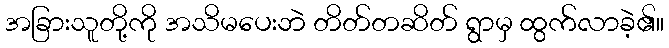
အခြားသူတို့ကို အသိမပေးဘဲ တိတ်တဆိတ် ရွာမှ ထွက်လာခဲ့၏။